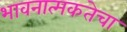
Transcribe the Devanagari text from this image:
भावनात्मकतेचा